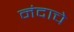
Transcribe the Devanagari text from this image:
नंदाचे